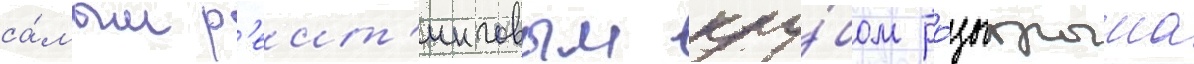
са́мым р'еит'инговым клу́бом ро́зыгрыша